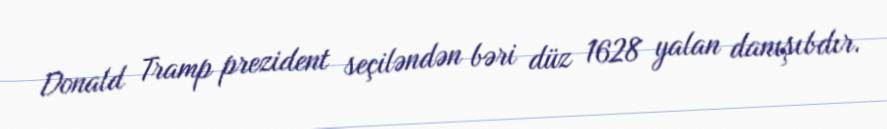
Donald Tramp prezident seçiləndən bəri düz 1628 yalan danışıbdır.